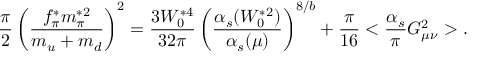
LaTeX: \frac { \pi } { 2 } \left( \frac { f _ { \pi } ^ { * } m _ { \pi } ^ { * 2 } } { m _ { u } + m _ { d } } \right) ^ { 2 } = \frac { 3 W _ { 0 } ^ { * 4 } } { 3 2 \pi } \left( \frac { \alpha _ { s } ( W _ { 0 } ^ { * 2 } ) } { \alpha _ { s } ( \mu ) } \right) ^ { 8 / b } + \frac { \pi } { 1 6 } < \frac { \alpha _ { s } } { \pi } G _ { \mu \nu } ^ { 2 } > .